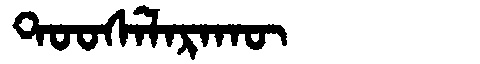
Manchu: ᡨᠣᠣᠰᡝᠯᠠᡵᠠᡴᡡ
Romanization: TOOSELARAKŪ